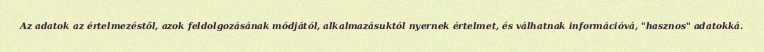
Az adatok az értelmezéstől, azok feldolgozásának módjától, alkalmazásuktól nyernek értelmet, és válhatnak információvá, "hasznos" adatokká.